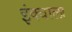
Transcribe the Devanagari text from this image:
इंक्वाला